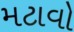
મટાવો